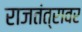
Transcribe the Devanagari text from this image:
राजतंत्रावर